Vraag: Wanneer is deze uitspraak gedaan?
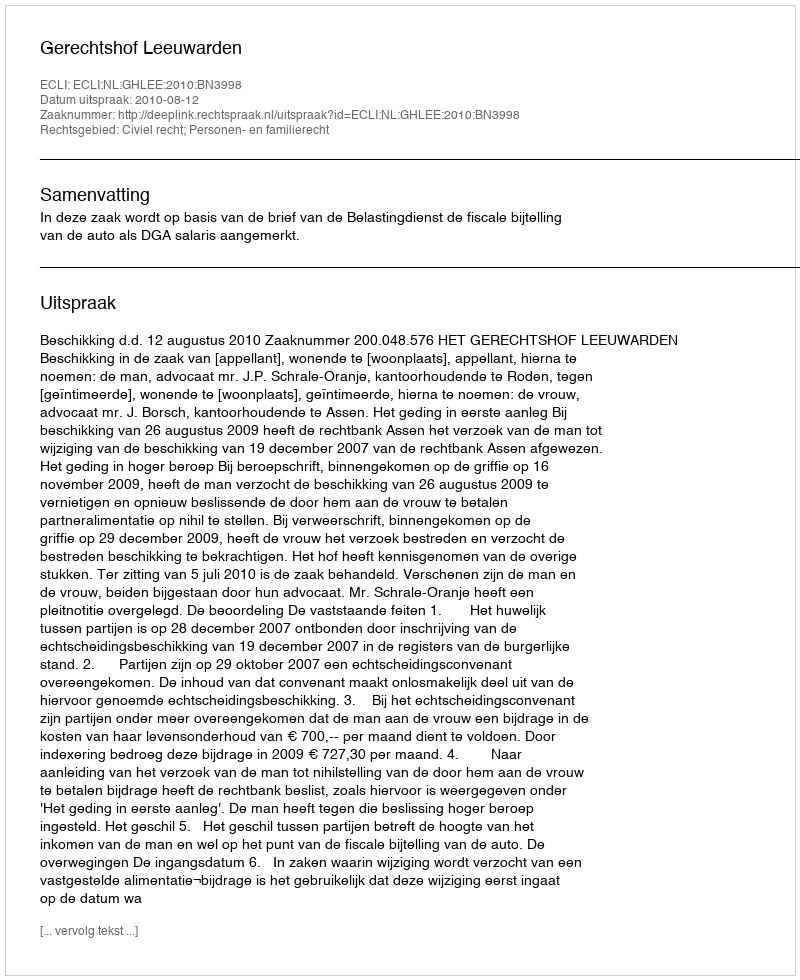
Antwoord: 2010-08-12